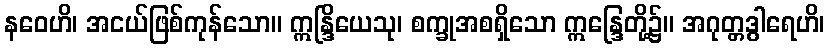
နဝေဟိ၊ အငယ်ဖြစ်ကုန်သော။ ဣန္ဒြိယေသု၊ စက္ခုအစရှိသော ဣန္ဒြေတို့၌။ အဂုတ္တဒွါရေဟိ၊